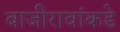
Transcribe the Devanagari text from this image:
बाजीरावांकडे